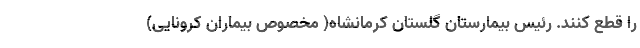
را قطع کنند. رئیس بیمارستان گلستان کرمانشاه( مخصوص بیماران کرونایی)